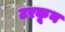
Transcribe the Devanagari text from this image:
टरकून